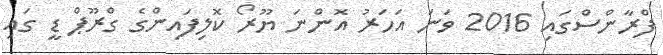
ފްރާންސްގައި 2016 ވަނަ އަހަރު އޮންނަ ޔޫރޯ ކޮލިފައިންގެ ގްރޫޕް ޑީ ގައި